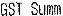
GST SUMM